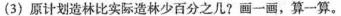
(3)原计划造林比实际造林少百分之几?画一画，算一算。